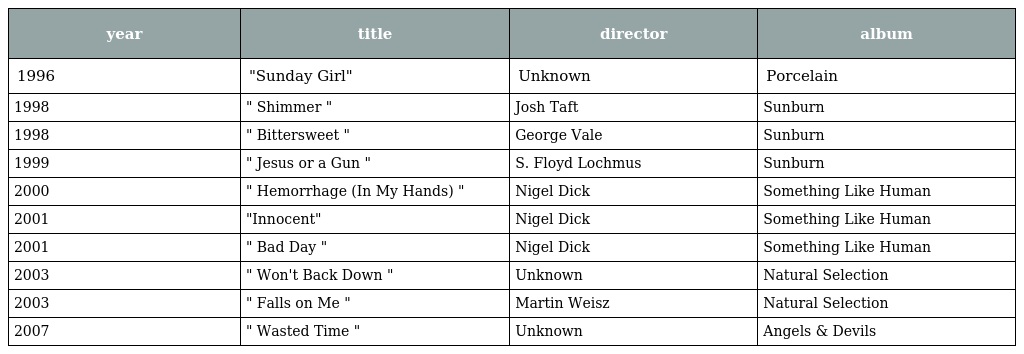
| year | title | director | album |
 | --- | --- | --- | --- |
 | 1996 | "Sunday Girl" | Unknown | Porcelain |
 | 1998 | " Shimmer " | Josh Taft | Sunburn |
 | 1998 | " Bittersweet " | George Vale | Sunburn |
 | 1999 | " Jesus or a Gun " | S. Floyd Lochmus | Sunburn |
 | 2000 | " Hemorrhage (In My Hands) " | Nigel Dick | Something Like Human |
 | 2001 | "Innocent" | Nigel Dick | Something Like Human |
 | 2001 | " Bad Day " | Nigel Dick | Something Like Human |
 | 2003 | " Won't Back Down " | Unknown | Natural Selection |
 | 2003 | " Falls on Me " | Martin Weisz | Natural Selection |
 | 2007 | " Wasted Time " | Unknown | Angels & Devils |